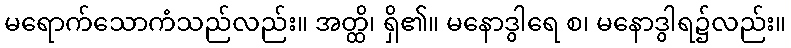
မရောက်သောကံသည်လည်း။ အတ္ထိ၊ ရှိ၏။ မနောဒွါရေ စ၊ မနောဒွါရ၌လည်း။